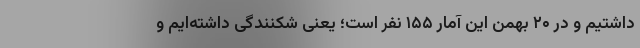
داشتیم و در ۲۰ بهمن این آمار ۱۵۵ نفر است؛ یعنی شکنندگی داشته‌ایم و